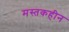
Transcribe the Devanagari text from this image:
मस्तकहीन